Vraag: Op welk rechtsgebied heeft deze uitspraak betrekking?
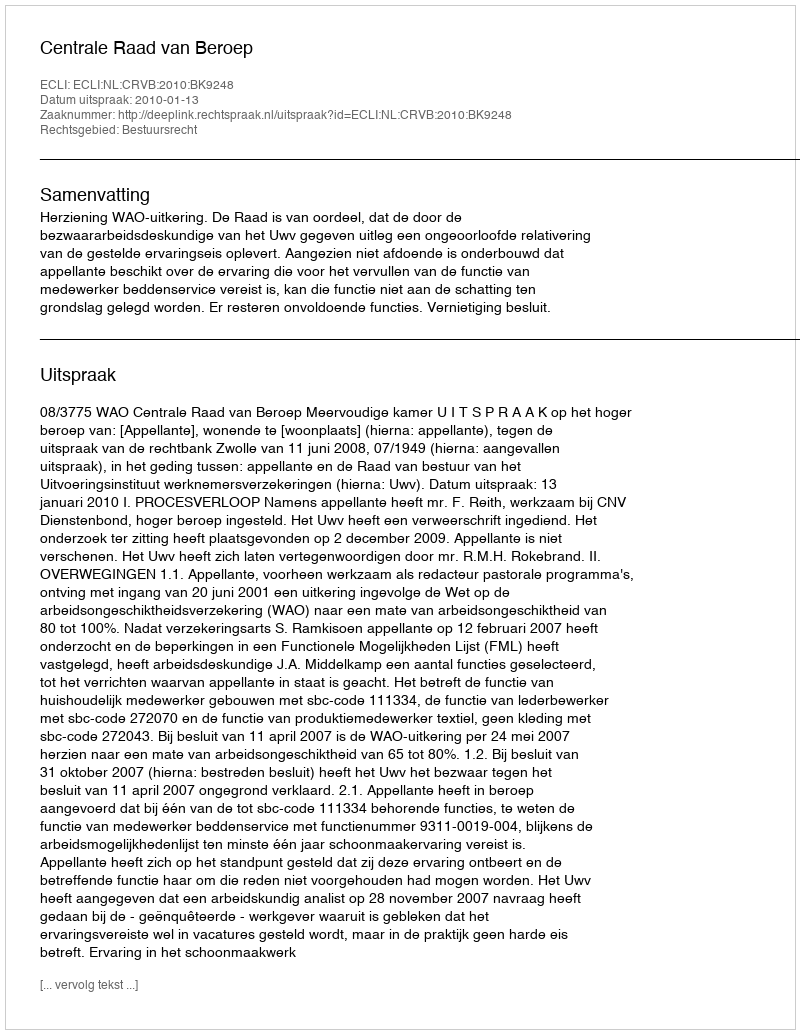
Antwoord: Bestuursrecht